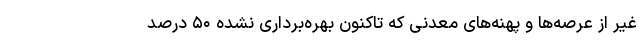
غیر از عرصه‌ها و پهنه‌های معدنی که تاکنون بهره‌برداری نشده ۵۰ درصد